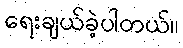
ရေးချယ်ခဲ့ပါတယ်။